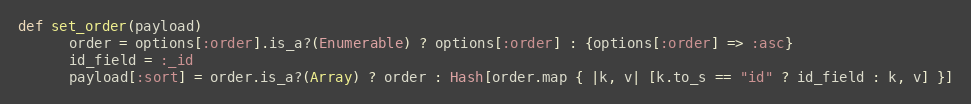
Language: Ruby
def set_order(payload)
      order = options[:order].is_a?(Enumerable) ? options[:order] : {options[:order] => :asc}
      id_field = :_id
      payload[:sort] = order.is_a?(Array) ? order : Hash[order.map { |k, v| [k.to_s == "id" ? id_field : k, v] }]